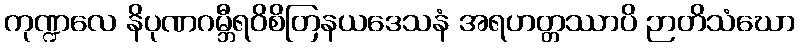
ကုဏ္ဍလေ နိပုဏဂမ္ဘီရဝိစိတြနယဒေသနံ အရဟတ္တဿာပိ ဉာတိသံဃော